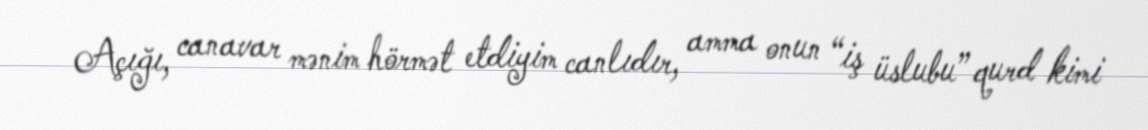
Açığı, canavar mənim hörmət etdiyim canlıdır, amma onun “iş üslubu” qurd kimi